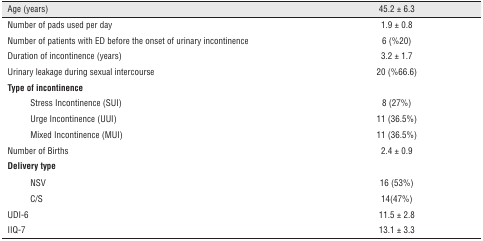
<table><thead><tr><td colspan="2"><b>Age (years)</b></td><td><b>45.2 ± 6.3</b></td></tr></thead><tbody><tr><td colspan="2">Number of pads used per day</td><td>1.9 ± 0.8</td></tr><tr><td colspan="2">Number of patients with ED before the onset of urinary incontinence</td><td>6 (%20)</td></tr><tr><td colspan="2">Duration of incontinence (years)</td><td>3.2 ± 1.7</td></tr><tr><td colspan="2">Urinary leakage during sexual intercourse</td><td>20 (%66.6)</td></tr><tr><td colspan="2"><b>Type of incontinence</b></td><td></td></tr><tr><td></td><td>Stress Incontinence (SUI)</td><td>8 (27%)</td></tr><tr><td></td><td>Urge Incontinence (UUI)</td><td>11 (36.5%)</td></tr><tr><td></td><td>Mixed Incontinence (MUI)</td><td>11 (36.5%)</td></tr><tr><td colspan="2">Number of Births</td><td>2.4 ± 0.9</td></tr><tr><td colspan="2"><b>Delivery type</b></td><td></td></tr><tr><td></td><td>NSV</td><td>16 (53%)</td></tr><tr><td></td><td>C/S</td><td>14(47%)</td></tr><tr><td colspan="2">UDI-6</td><td>11.5 ± 2.8</td></tr><tr><td colspan="2">IIQ-7</td><td>13.1 ± 3.3</td></tr></tbody></table>